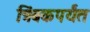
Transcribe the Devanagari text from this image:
त्रिंबकपर्यंत